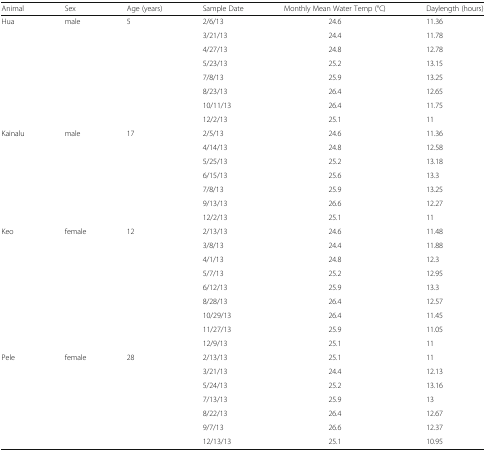
<table><thead><tr><td><b>Animal</b></td><td><b>Sex</b></td><td><b>Age (years)</b></td><td><b>Sample Date</b></td><td><b>Monthly Mean Water Temp (°C)</b></td><td><b>Daylength (hours)</b></td></tr></thead><tbody><tr><td rowspan="8">Hua</td><td rowspan="8">male</td><td rowspan="8">5</td><td>2/6/13</td><td>24.6</td><td>11.36</td></tr><tr><td>3/21/13</td><td>24.4</td><td>11.78</td></tr><tr><td>4/27/13</td><td>24.8</td><td>12.78</td></tr><tr><td>5/23/13</td><td>25.2</td><td>13.15</td></tr><tr><td>7/8/13</td><td>25.9</td><td>13.25</td></tr><tr><td>8/23/13</td><td>26.4</td><td>12.65</td></tr><tr><td>10/11/13</td><td>26.4</td><td>11.75</td></tr><tr><td>12/2/13</td><td>25.1</td><td>11</td></tr><tr><td rowspan="7">Kainalu</td><td rowspan="7">male</td><td rowspan="7">17</td><td>2/5/13</td><td>24.6</td><td>11.36</td></tr><tr><td>4/14/13</td><td>24.8</td><td>12.58</td></tr><tr><td>5/25/13</td><td>25.2</td><td>13.18</td></tr><tr><td>6/15/13</td><td>25.6</td><td>13.3</td></tr><tr><td>7/8/13</td><td>25.9</td><td>13.25</td></tr><tr><td>9/13/13</td><td>26.6</td><td>12.27</td></tr><tr><td>12/2/13</td><td>25.1</td><td>11</td></tr><tr><td rowspan="9">Keo</td><td rowspan="9">female</td><td rowspan="9">12</td><td>2/13/13</td><td>24.6</td><td>11.48</td></tr><tr><td>3/8/13</td><td>24.4</td><td>11.88</td></tr><tr><td>4/1/13</td><td>24.8</td><td>12.3</td></tr><tr><td>5/7/13</td><td>25.2</td><td>12.95</td></tr><tr><td>6/12/13</td><td>25.9</td><td>13.3</td></tr><tr><td>8/28/13</td><td>26.4</td><td>12.57</td></tr><tr><td>10/29/13</td><td>26.4</td><td>11.45</td></tr><tr><td>11/27/13</td><td>25.9</td><td>11.05</td></tr><tr><td>12/9/13</td><td>25.1</td><td>11</td></tr><tr><td rowspan="7">Pele</td><td rowspan="7">female</td><td rowspan="7">28</td><td>2/13/13</td><td>25.1</td><td>11</td></tr><tr><td>3/21/13</td><td>24.4</td><td>12.13</td></tr><tr><td>5/24/13</td><td>25.2</td><td>13.16</td></tr><tr><td>7/13/13</td><td>25.9</td><td>13</td></tr><tr><td>8/22/13</td><td>26.4</td><td>12.67</td></tr><tr><td>9/7/13</td><td>26.6</td><td>12.37</td></tr><tr><td>12/13/13</td><td>25.1</td><td>10.95</td></tr></tbody></table>